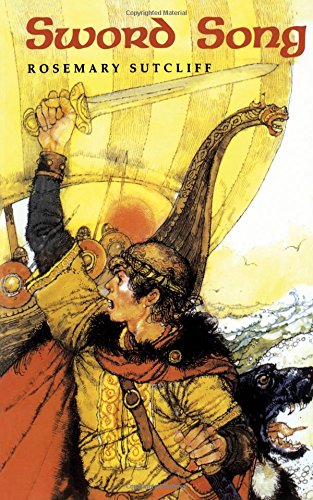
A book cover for Sword Song (Sunburst Book); Rosemary Sutcliff; Teen & Young Adult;